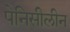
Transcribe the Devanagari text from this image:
पेनिसीलीन